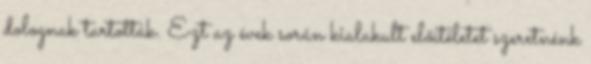
dolognak tartották. Ezt az évek során kialakult előítéletet szeretnénk